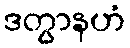
ဒတွာနဟံ